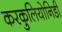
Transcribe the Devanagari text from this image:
करकुलियोनिडी